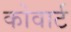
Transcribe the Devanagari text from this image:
कोवार्ट